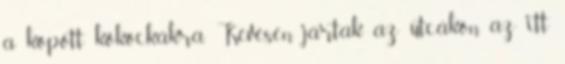
a kopott kőkockákra. Kevesen jártak az utcákon, az itt